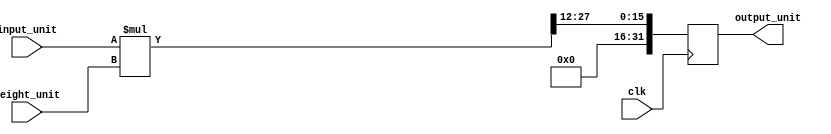
`timescale 1ns / 1ps


module mult_cell
#(
    parameter 
    DATA_WIDTH = 16, 
    EXPANDED_WIDTH = 32,
    // FRACTIONAL_BITS = 12,
    IDLE = 4'b0001,
    LOAD_W = 4'b0010,
    CALCULATION = 4'b0100,
    DONE = 4'b1000
)

//24
//12
//
(
    input  clk,
    input  signed [DATA_WIDTH-1 : 0] input_unit,
    input  signed [DATA_WIDTH-1 : 0] weight_unit,

    output reg signed  [EXPANDED_WIDTH -1 :0] output_unit
);
    wire signed [EXPANDED_WIDTH -1:0] temp;
    // wire signed [EXPANDED_WIDTH -1 :0] shift_temp;
    
    assign temp = input_unit*weight_unit;
    // assign shift_temp = temp>>FRACTIONAL_BITS;

    always@(posedge clk)begin
        output_unit <= temp[27:12];
    end

endmodule